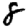
Digit: 8